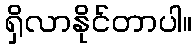
ရှိလာနိုင်တာပါ။